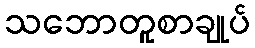
သဘောတူစာချုပ်